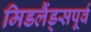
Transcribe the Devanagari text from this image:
मिडलैंड्सपूर्व